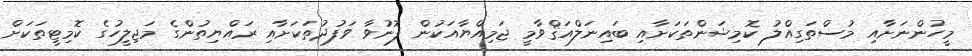
މީހުންނަށާއި މުސްތަގިއްލު ކޮމިޝަންތަކަށާއި ބައިނަލްއަޤްވާމީ ޖަމިއްޔާއަކުން ފޮނުވާ ވަފުދުތަކަށާއި ރައްޔިތުންގެ މަޖިލީހުގެ ކޮމިޓީތަކަށް